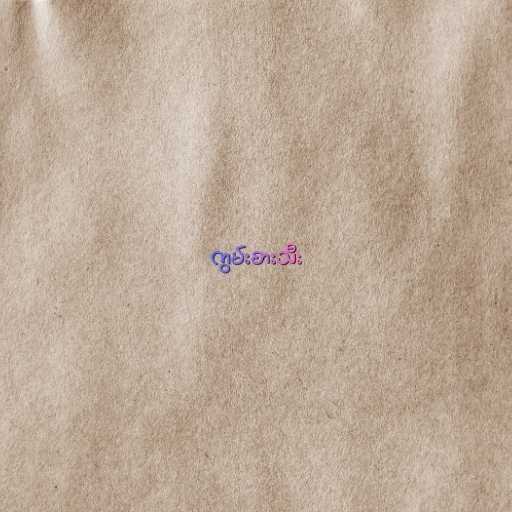
ကွမ်းစားသီး